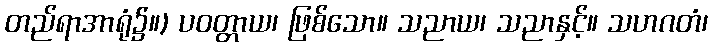
တည်ရာအာရုံ၌။) ပဝတ္တာယ၊ ဖြစ်သော။ သညာယ၊ သညာနှင့်။ သဟဂတံ၊